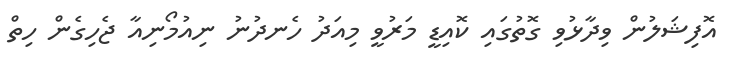
އޮފިޝަލުން ވިދާޅުވި ގޮތުގައި ކޮއިޑީ މަރުވީ މިއަދު ހެނދުނު ނިއުމޯނިއާ ޖެހިގެން ހިތް